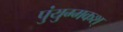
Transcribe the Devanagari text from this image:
पुंयुग्मकश्